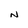
Character: N